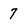
Character: 7